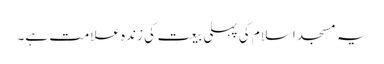
یہ مسجد اسلام کی پہلی بیعت کی زندہ علامت ہے۔